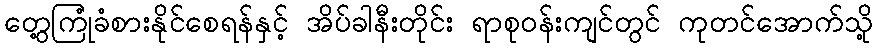
တွေ့ကြုံခံစားနိုင်စေရန်နှင့် အိပ်ခါနီးတိုင်း ရာစုဝန်းကျင်တွင် ကုတင်အောက်သို့